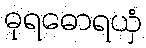
ဓုရဓောရယှံ